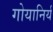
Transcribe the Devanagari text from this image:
गोयानिर्य